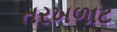
તરખળાટ